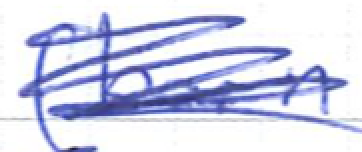
Text: (born
Cross-out: mix
Writing tool: ballpoint